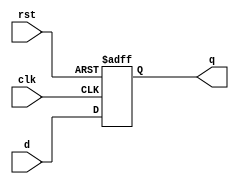
module dff_final(clk,d,rst,q);
input d,clk,rst;
output reg q;
always @(negedge clk or negedge rst)
begin 
if (rst == 1'b0)
q <= 1'b0;
else
q <= d;
end
endmodule
module testbench();
reg d,clk,rst;
wire q;

d_ff dut(clk,d,rst,q);

initial begin 
clk = 0;
forever #5 clk = ~clk;
end 

initial begin
 rst=0;
 d <= 1;
 #10;
 rst=1;
 #10;
 d <= 0;
 #10;
 d <= 1;
end 
endmodule